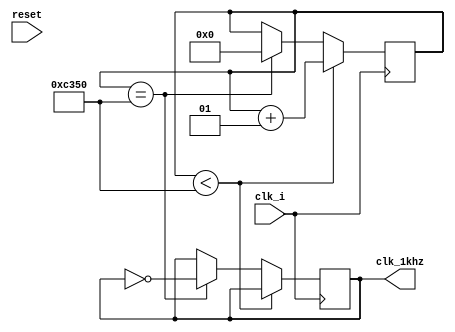
module clock_divider2(
clk_i,
reset,
clk_1khz
    );
    
input clk_i,reset; 
output reg clk_1khz;
integer divisor;

initial begin
divisor = 0;
clk_1khz =0;
end
always @(posedge clk_i)
    begin
         if (divisor < (50*10**3)) begin
            divisor <= divisor + 1;
        end else if(divisor == (50*10**3)) begin
            divisor <= 0;
            clk_1khz = ~clk_1khz;
            end
        end
endmodule